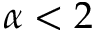
\alpha < 2